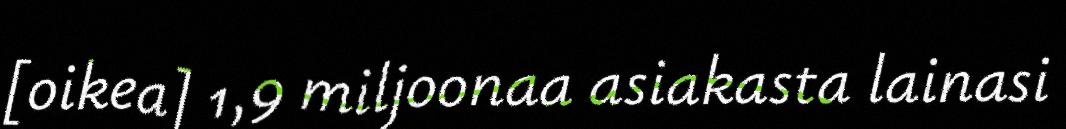
[oikea] 1,9 miljoonaa asiakasta lainasi